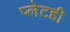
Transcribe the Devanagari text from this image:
प्लेटही